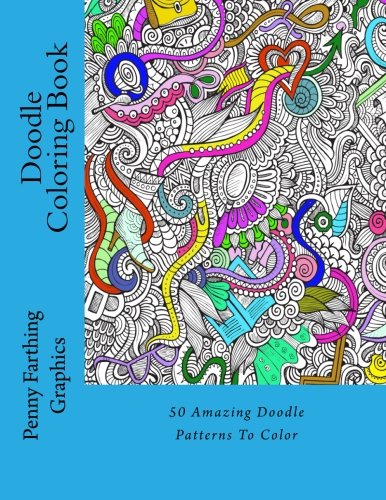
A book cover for Doodle Coloring Book; Penny Farthing Graphics; Arts & Photography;